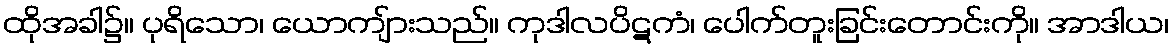
ထိုအခါ၌။ ပုရိသော၊ ယောကျ်ားသည်။ ကုဒါလပိဋကံ၊ ပေါက်တူးခြင်းတောင်းကို။ အာဒါယ၊